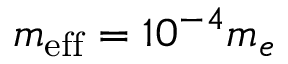
m _ { \mathrm { e f f } } = 1 0 ^ { - 4 } m _ { e }